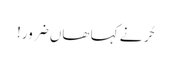
حُر نے کہا ھاں ضرور!